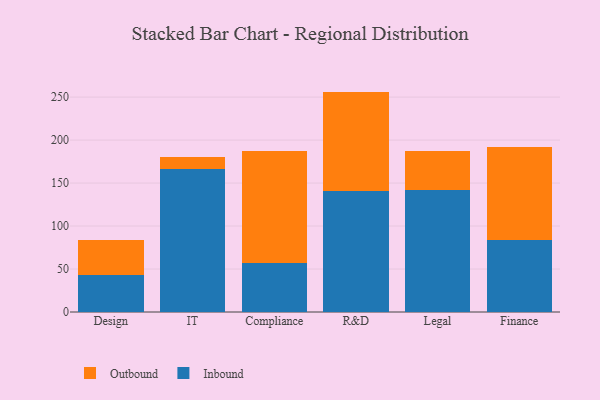
{"axis": {"x": "Department", "y": "Humidity (%)"}, "legend": ["Inbound", "Outbound"], "data": [{"x": "Design", "y": 42.5, "type": "Inbound"}, {"x": "Design", "y": 41.1, "type": "Outbound"}, {"x": "IT", "y": 166.2, "type": "Inbound"}, {"x": "IT", "y": 14.3, "type": "Outbound"}, {"x": "Compliance", "y": 56.6, "type": "Inbound"}, {"x": "Compliance", "y": 130.7, "type": "Outbound"}, {"x": "R&D", "y": 141.3, "type": "Inbound"}, {"x": "R&D", "y": 115.1, "type": "Outbound"}, {"x": "Legal", "y": 141.8, "type": "Inbound"}, {"x": "Legal", "y": 45.9, "type": "Outbound"}, {"x": "Finance", "y": 84.2, "type": "Inbound"}, {"x": "Finance", "y": 107.8, "type": "Outbound"}]}